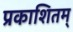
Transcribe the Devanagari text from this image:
प्रकाशितम्